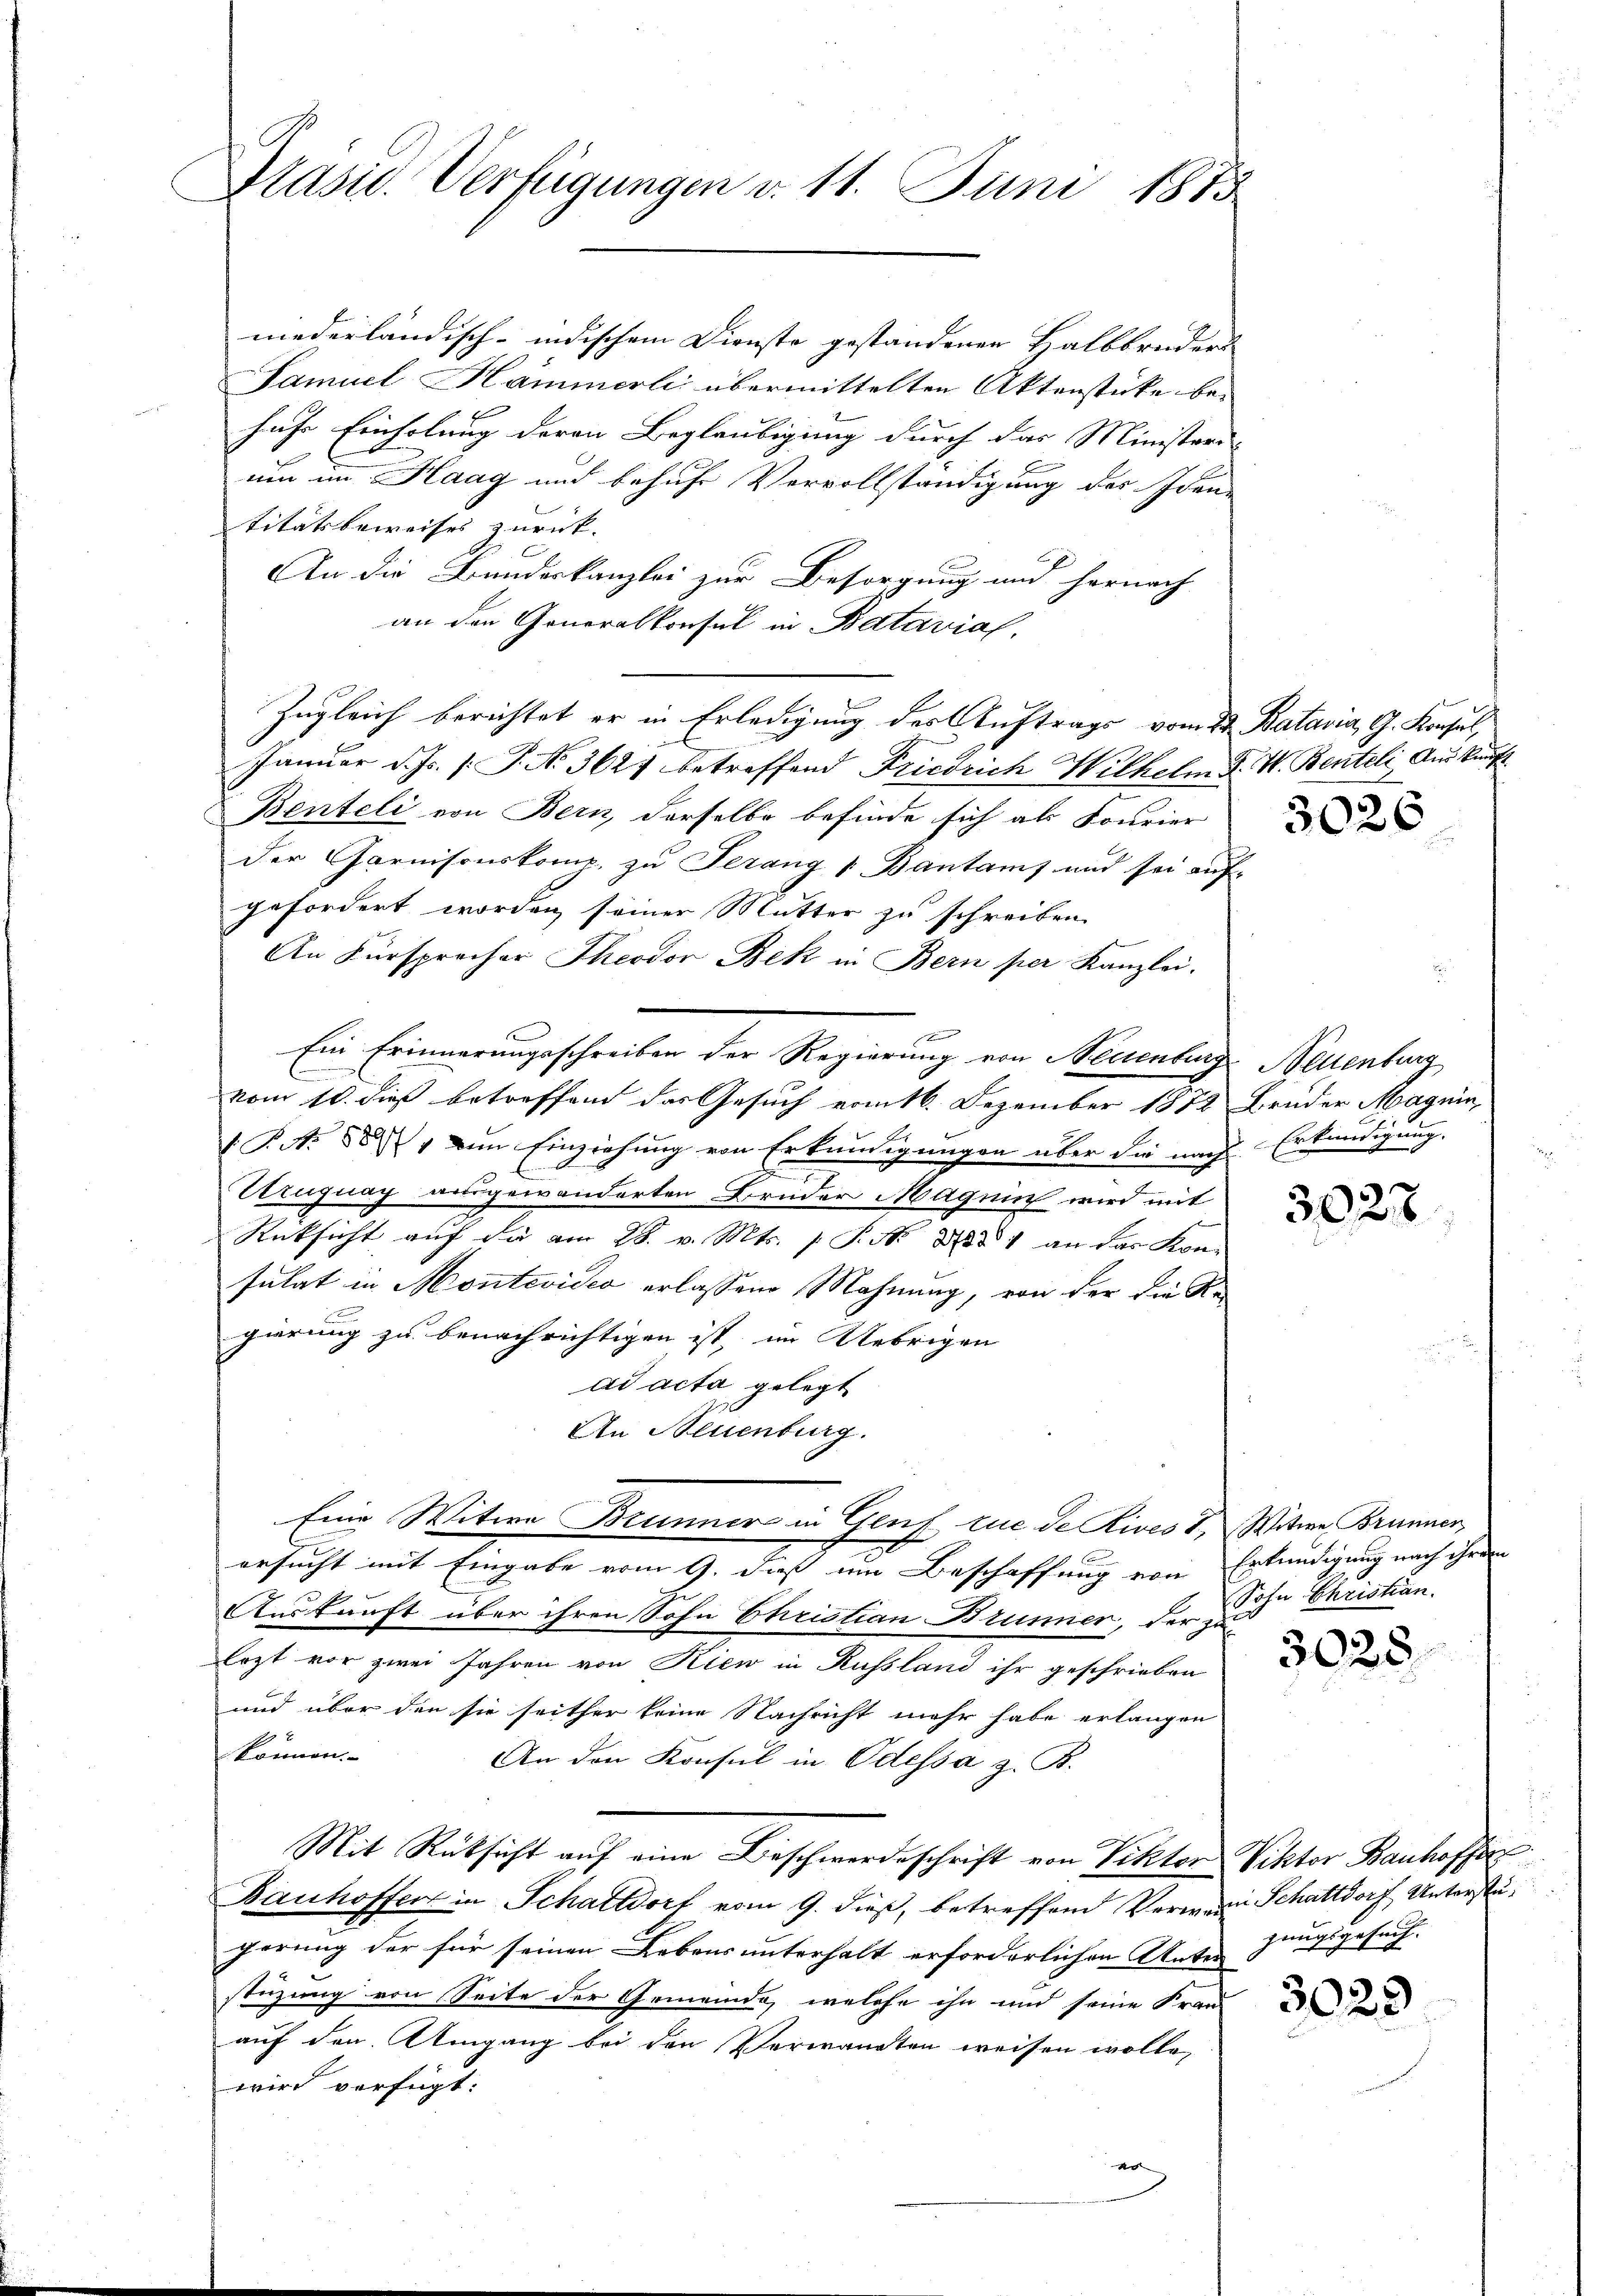
Präsid. Verfügungen v. 11. Juni 1875

nederländisch-indischem Dienste gestandenen Halbbruders |
Samuel Hammerli übermittelten Aktenstücke be- |
huhe Einholung deren Beglaubigung durch das Ministere
um im Haag und behufe Vervollständigung des Iden-
titätsbeweises zurück.
An die Bundeskanzlei zur Besorgung und hernach
an den Generalkonsul in Batavias.
Zugleich berichtet er in Erledigung der Auftrags vom 22 Batavia, G. Konsul,
Januar d. Js. (T. No. 3627 betreffend Friedrich Wilhelm F. V. Benteli, Auskunft
Benteli von Bern, derselbe befinde sich als Fourier
der Garnisonskomp. zu Ferang 1 Bantanf und sei auf-
gefordert worden seiner Mutter zu schreiben.
An Fürsprecher Theodor Bek in Bern per Kanzlei.
n
Ein Erinnerungsschreiben der Regierung von Neuenburg Bellenburg
C
vom 10. dieß betreffend das Gesuch vom 16. Dezember 1872 Bruder Magnin,
(P.N. 881 zum Einziehung von Erkundigungen über die nach Erkundigung.
Ungnag ausgewänderten Bruder Magnin wird mit
Rücksicht auf die am 28. v. Mts. /: P. Nr. 281 an das Kon-
sulat in Montevideo erlassen Mahnung, von der die Re-
gierung zu benachrichtigen ist, im Uebrigen
ad acta gelegt
An Neuenburg.
Eine Witwe Brunner in Genf zue de Rives, Witwe Brünner,
ersucht mit Eingabe vom 9. dieß um Beschaffung von Erkundigung nach ihrem
Auskunft über ihren Sohn Christian Brunner, der zu
lezt vor zwei Jahren von Kien in Russland ihr geschrieben
und über den sie seither keine Nachricht mehr habe erlangen
können.
An den Konsul in Odessa z. B.
Mit Rücksicht auf eine Beschwerdeschrift von Viktor Viktor Bauhoffer
Bauhoffers in Schattdorf vom 9. dieß, betreffend Verwand Schattdorf Unterstegerung der für seinen Lebens unterhalt erforderlichen Unter zungsgesuch.
stüzung von Seite der Gemeinde, welche ihn und seine Fran-
auf den Umgang bei den Verwandten weisen wolle,
wird verfügt:

f

3026

3027

Sohn Christian

3025.

3029